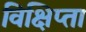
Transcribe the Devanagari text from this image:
विक्षिप्ता